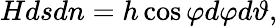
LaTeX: Hdsdn=h\cos{\varphi}d\varphi d\vartheta,